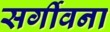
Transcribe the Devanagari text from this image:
सर्गीवना